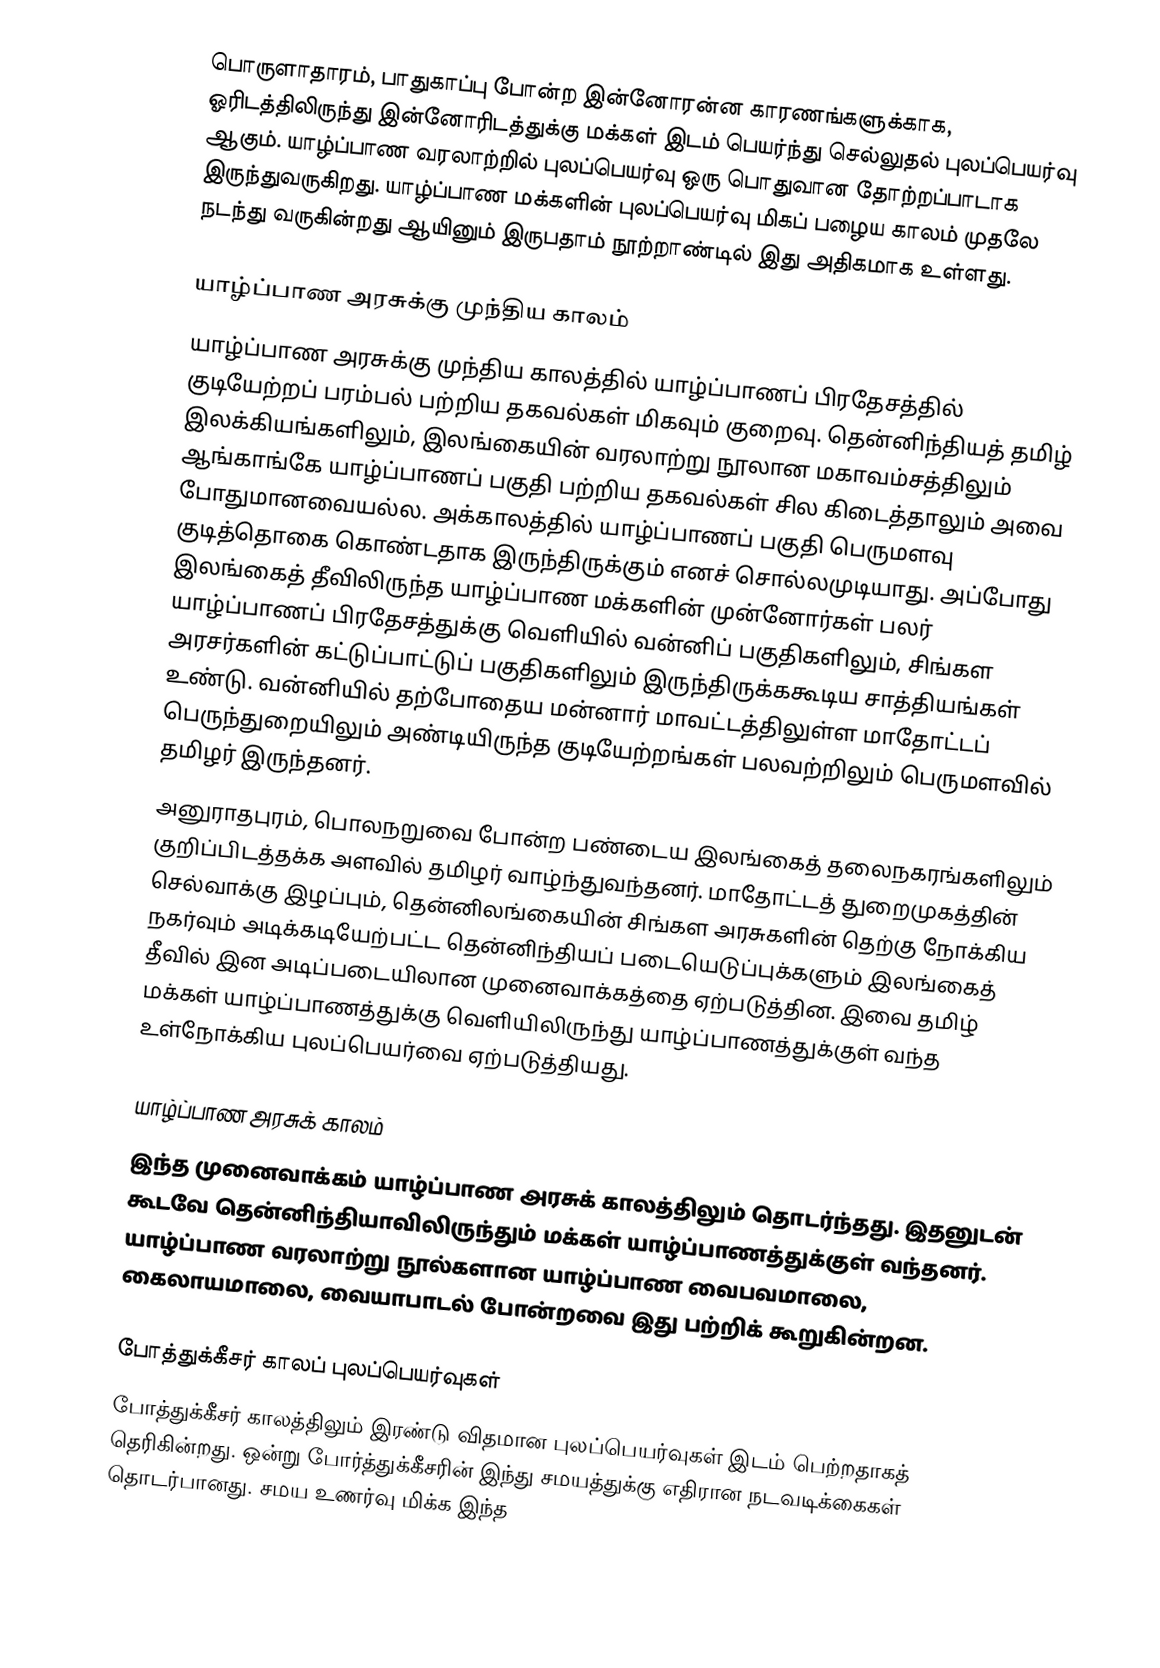
பொருளாதாரம், பாதுகாப்பு போன்ற இன்னோரன்ன காரணங்களுக்காக, ஓரிடத்திலிருந்து இன்னோரிடத்துக்கு மக்கள் இடம் பெயர்ந்து செல்லுதல் புலப்பெயர்வு ஆகும். யாழ்ப்பாண வரலாற்றில் புலப்பெயர்வு ஒரு பொதுவான தோற்றப்பாடாக இருந்துவருகிறது. யாழ்ப்பாண மக்களின் புலப்பெயர்வு மிகப் பழைய காலம் முதலே நடந்து வருகின்றது ஆயினும் இருபதாம் நூற்றாண்டில் இது அதிகமாக உள்ளது.

யாழ்ப்பாண அரசுக்கு முந்திய காலம்
யாழ்ப்பாண அரசுக்கு முந்திய காலத்தில் யாழ்ப்பாணப் பிரதேசத்தில் குடியேற்றப் பரம்பல் பற்றிய தகவல்கள் மிகவும் குறைவு. தென்னிந்தியத் தமிழ் இலக்கியங்களிலும், இலங்கையின் வரலாற்று நூலான மகாவம்சத்திலும் ஆங்காங்கே யாழ்ப்பாணப் பகுதி பற்றிய தகவல்கள் சில கிடைத்தாலும் அவை போதுமானவையல்ல. அக்காலத்தில் யாழ்ப்பாணப் பகுதி பெருமளவு குடித்தொகை கொண்டதாக இருந்திருக்கும் எனச் சொல்லமுடியாது. அப்போது இலங்கைத் தீவிலிருந்த யாழ்ப்பாண மக்களின் முன்னோர்கள் பலர் யாழ்ப்பாணப் பிரதேசத்துக்கு வெளியில் வன்னிப் பகுதிகளிலும், சிங்கள அரசர்களின் கட்டுப்பாட்டுப் பகுதிகளிலும் இருந்திருக்ககூடிய சாத்தியங்கள் உண்டு. வன்னியில் தற்போதைய மன்னார் மாவட்டத்திலுள்ள மாதோட்டப் பெருந்துறையிலும் அண்டியிருந்த குடியேற்றங்கள் பலவற்றிலும் பெருமளவில் தமிழர் இருந்தனர்.
அனுராதபுரம், பொலநறுவை போன்ற பண்டைய இலங்கைத் தலைநகரங்களிலும் குறிப்பிடத்தக்க அளவில் தமிழர் வாழ்ந்துவந்தனர். மாதோட்டத் துறைமுகத்தின் செல்வாக்கு இழப்பும், தென்னிலங்கையின் சிங்கள அரசுகளின் தெற்கு நோக்கிய நகர்வும் அடிக்கடியேற்பட்ட தென்னிந்தியப் படையெடுப்புக்களும் இலங்கைத் தீவில் இன அடிப்படையிலான முனைவாக்கத்தை ஏற்படுத்தின. இவை தமிழ் மக்கள் யாழ்ப்பாணத்துக்கு வெளியிலிருந்து யாழ்ப்பாணத்துக்குள் வந்த உள்நோக்கிய புலப்பெயர்வை ஏற்படுத்தியது.

யாழ்ப்பாண அரசுக் காலம்
இந்த முனைவாக்கம் யாழ்ப்பாண அரசுக் காலத்திலும் தொடர்ந்தது. இதனுடன் கூடவே தென்னிந்தியாவிலிருந்தும் மக்கள் யாழ்ப்பாணத்துக்குள் வந்தனர். யாழ்ப்பாண வரலாற்று நூல்களான யாழ்ப்பாண வைபவமாலை, கைலாயமாலை, வையாபாடல் போன்றவை இது பற்றிக் கூறுகின்றன.

போத்துக்கீசர் காலப் புலப்பெயர்வுகள்
போத்துக்கீசர் காலத்திலும் இரண்டு விதமான புலப்பெயர்வுகள் இடம் பெற்றதாகத் தெரிகின்றது. ஒன்று போர்த்துக்கீசரின் இந்து சமயத்துக்கு எதிரான நடவடிக்கைகள் தொடர்பானது. சமய உணர்வு மிக்க இந்த